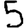
Digit: 5